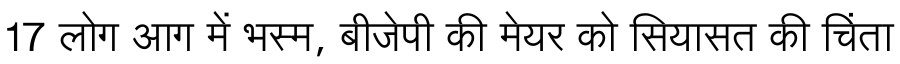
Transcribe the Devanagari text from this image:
17 लोग आग में भस्म, बीजेपी की मेयर को सियासत की चिंता